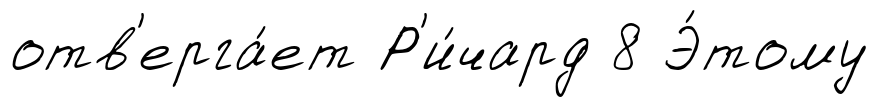
отв'ерга́ет Р'и́чард 8 Э́тому